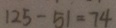
1 2 5 - 5 1 = 7 4